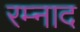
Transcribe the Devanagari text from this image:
रम्नाद